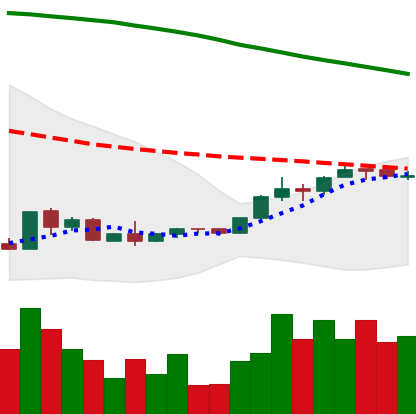
Ticker: EOS-USD
Chart end date: 2018-09-04
Forward return: -23.28%
Label: down_7plus